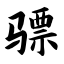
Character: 骠